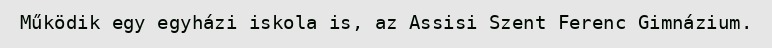
Működik egy egyházi iskola is, az Assisi Szent Ferenc Gimnázium.